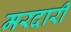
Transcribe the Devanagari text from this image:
मरदारी